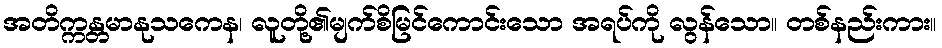
အတိက္ကန္တမာနုသကေန၊ လူတို့၏မျက်စိမြင်ကောင်းသော အရပ်ကို လွန်သော။ တစ်နည်းကား။